Report of the Hyderabad Chloroform Commission
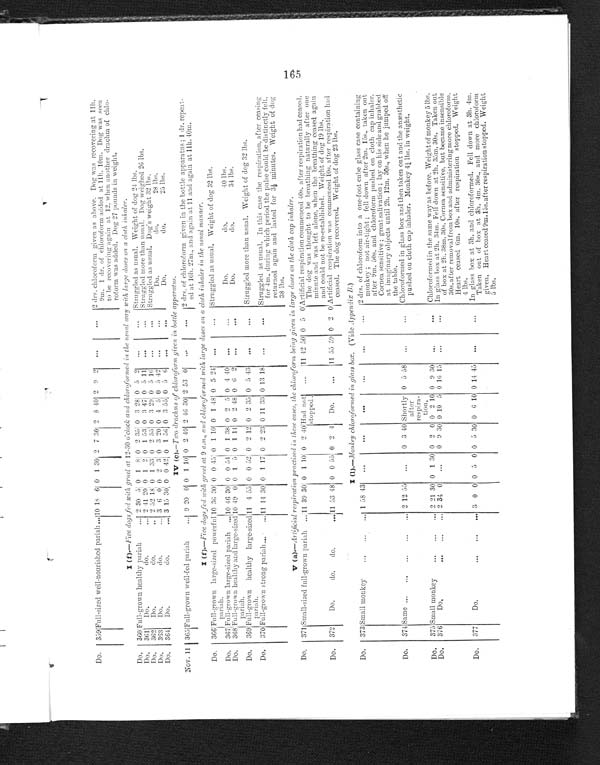
Do.
359 Full-sized well-nourished pariah . . . 10 18 6 0
1
30 2 7 30 2 8 40 2 9 2
. . .
. . .
2 drs. chloroform given as above. Dog was recovering at 11h.
9m. 1 dr. of chloroform added at 11h. 10m. Dog was seen
to be recovering again at 12, when another drachm of chlo
-roform was added. Dog 27 pounds in weight.
I (f).-Five dogs fed with gruel at 12-30 o'clock and chloroformed in the usual way with large doses on a cloth inhaler.
Do. 360 Full-grown healthy pariah . . .
2 30 5 0 1 8 0 2 35 0 3 28 0 5 2
. . .
. . .
Struggled as usual. Weight of dog 24 lbs.
Do. 361 Do. do. . . .
2 41 20 0 1 2 0 1 53 0 3 47 0 5 11
. . .
. . .
Struggled more than usual. Dog weighed 26 lbs.
Do. 362 Do. do. . . .
2 52 18 0 1 33 0 2 55 0 3 29 0 5 16
. . .
. . .
Struggled as usual. Dog's weight 32 lbs.
Do.
363
Do. do. . . . 3 6 0 0 2 3 0 3 20 0 4 5 0 5 42
. . .
. . .
Do. do. 28 lbs.
Do.
364 Do. do. . . . 3 15 30 0 0 42 0 1 56 0 3 55 0 5 6
. . .
. . .
Do. do. 25 lbs.
IV (c).–Two drachms of chloroform given in bottle apparatus.
Nov. 11 365 Full-grown well-fed pariah . . . 9 20 0 0 1 10 0 2 40 2 46 30 2 53 0
. . .
. . .
2 drs. of chloroform given in the bottle apparatus ; 1 dr. repeat
-ed at 10h. 27m., and again at 11 and again at 11h. 40m.
I (f).– Five dogs fed with gruel at 9 a.m., and chloroformed with large doses on a cloth inhaler in the usual manner.
Do. 366 Full-grown large-sized powerful
pariah. . . .
10 36 30 0 0 45 0 1 10 0 1 48 0 5 24
. . .
. . .
Struggled as usual. Weight of dog 32 lbs.
Do. 367 Ful l -grown l arge-si zed pari ah . . .
10 46 30 0 0 54 0 1 38 0 2 5 0 4 40
. . .
. . .
Do. do. 40 lbs.
Do.
368 Full-grown healthy and large-sized
pariah. . . .
10 49 0 0 1
5 0 1 14 0 2 48 0 6 2
. . .
. . .
Do. do. 34 lbs.
Do.
369 Full-grown healthy large-sized
pariah. . . .
11 4 55 0 0 52 0 2 12 0 2 35 0 5 43
. . .
. . .
Struggled more than usual. Weight of dog 32 lbs.
Do.
370 Full-grown strong pariah. . . .
11 14 30 0 1 17 0 2 23 0 11 33 0 13 18
. . .
. . .
Struggled as usual. In this case the respiration, after ceasing
for 4m., during which period the pulse could be distinctly felt,
returned again and lasted for 3½ minutes. Weight of dog
38 lbs.
V (a).–Artificial respiration practised in these cases, the chloroform being given in large doses on the cloth cap inhaler.
Do.
371 Small-sized full-grown pariah . . .
11
39 30 0 1 10 0 2
40
Had not
stopped.
. . .
11
42 50 0 5
0
Artificial respiration commenced 40s. after respiration had ceased.
The dog was thought to be breathing naturally after one
minute and was left alone, when the breathing ceased again
and could not be re-established. Weight of dog 19 lbs.
Do. 372
Do. do. do. . . . 11 53 48 0 0 55 0 2 4
Do.
. . .
11 55 59 0 2 0 Artificial respiration was commenced 10s. after respiration had
ceased. The dog recovered. Weight of dog 23 lbs.
I (I).–M onkey chloroformed in glass box. (Vide Appendix B.)
Do.
373 Small monkey . . .
1 58 43
. . .
. . .
. . .
. . .
. . .
. . .
2 drs. of chloroform into a one-foot cube glass case containing
monkey ; not air-tight ; fell down after 2m. 15s., taken out
after 9m. 50s. and chloroform pushed on cloth cap inhaler.
Cornea sensitive ; great salivation ; lay on his side and grabbed
at imaginary objects until 2h. 12m. 30s., when he jumped off
the table.
Do.
374 Same . . .
2 12 55
. . .
0 3 40 Shortly
after
respira
-tion.
0 5 58
. . .
. . .
Chloroformed in glass box and then taken out and the anæsthetic
pushed on cloth cap inhaler. Monkey 4¼ lbs. in weight.
Do.
375 Small monky . . .
2 21 30 0 1 30 0 2 0 0 2 10 0 9 30
. . .
. . .
Chloroformed in the same way as before. Weight of monkey 5 lbs.
Do. 376
Do. . . .
2 34 0
. . .
0 9 30 0 10 5 0 16 15
. . .
. . .
In glass box at 2h. 34m. Fell down at 2h. 35m. 30s. Taken out
of box at 2h. 38m. 30s. Cornea sensitive, but became insensible
30s. after removal from box and administering more chloroform.
Heart ceased 6m. 10s. after respiration stopped. Weight
4 lbs.
Do.
377
Do. . . .
3 0 0 0 5 0 0 5 30 0 6 10 0 14 45
. . .
. . .
In glass box at 3h. and chloroformed. Fell down at 3h. 4m.
Taken out of box at 3h. 4m. 30s., and more chloroform
given. Heart ceased 9m. 15s.after respiration stopped. Weight
5 lbs.
165